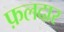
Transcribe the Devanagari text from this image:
फ़लदार